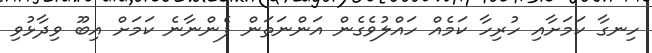
ހިނގާ ކަމަށާއި ހުރިހާ ކަމެއް ހައްލުވެގެން އަންނަތަން ފެންނާނެ ކަމަށް އިބޫ ވިދާޅުވި